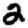
Digit: 2